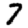
Digit: 7